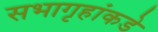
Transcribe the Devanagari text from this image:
सभागृहांकडे